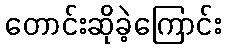
တောင်းဆိုခဲ့ကြောင်း